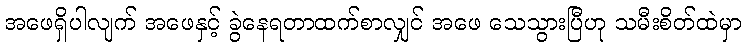
အဖေရှိပါလျက် အဖေနှင့် ခွဲနေရတာထက်စာလျှင် အဖေ သေသွားပြီဟု သမီးစိတ်ထဲမှာ